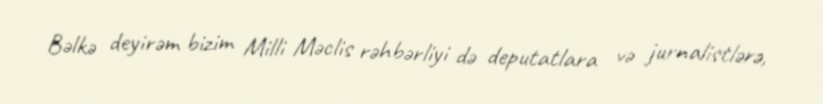
Bəlkə deyirəm bizim Milli Məclis rəhbərliyi də deputatlara və jurnalistlərə,